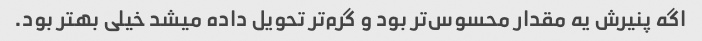
اگه پنیرش یه مقدار محسوس‌تر بود و گرم‌تر تحویل داده میشد خیلی بهتر بود.